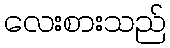
လေးစားသည်